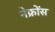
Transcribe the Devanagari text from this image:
नेफ्रोंस